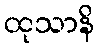
ထုသာနိ